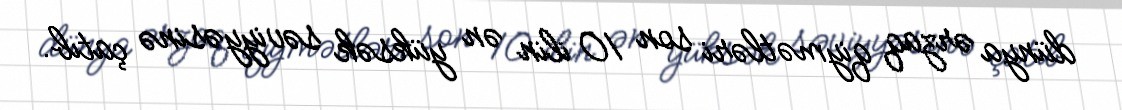
dünya ərzaq qiymətləri son 10 ilin ən yüksək səviyyəsinə çatıb.